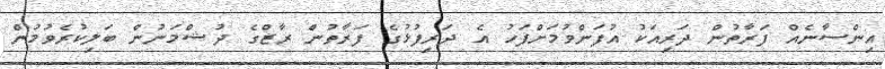
އިންސާނެއް ފަރާތުން ދަރިއަކު އުފަންވުމަށްފަހު އެ ދަރިފުޅުގެ ފަރާތުން ރާޒްގެ ދުޝްމަނުން ބަލިކުރެވުމުން